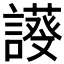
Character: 𧬖